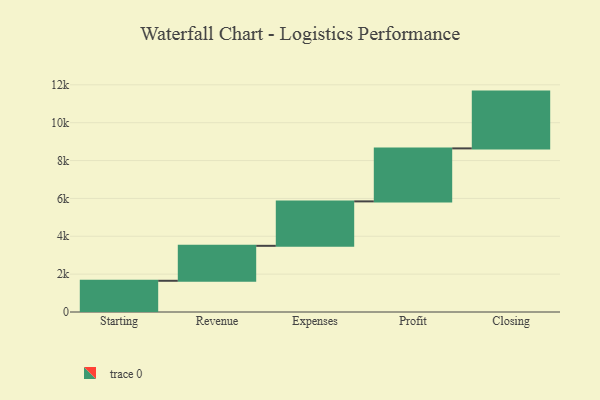
{"axis": {"x": "Step", "y": "Value"}, "legend": [""], "data": [{"x": "Starting", "y": 1649.0, "type": ""}, {"x": "Revenue", "y": 1847.0, "type": ""}, {"x": "Expenses", "y": 2347.0, "type": ""}, {"x": "Profit", "y": 2799.0, "type": ""}, {"x": "Closing", "y": 3000, "type": ""}]}